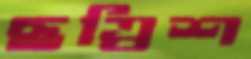
ছত্রিশ